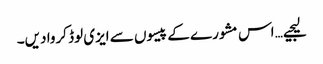
لیجیے… اس مشورے کے پیسوں سے ایزی لوڈ کروا دیں۔